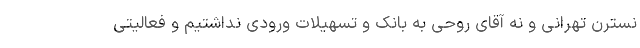
نسترن تهرانی و نه آقای روحی به بانک و تسهیلات ورودی نداشتیم و فعالیتی